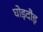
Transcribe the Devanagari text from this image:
घोड़दौड़